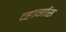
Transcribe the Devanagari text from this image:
व्हार्गास